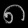
Digit: ၈